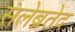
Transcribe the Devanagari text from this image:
सलेब्रतेद